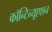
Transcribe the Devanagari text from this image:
कॉन्‍टिन्‍यूएशन